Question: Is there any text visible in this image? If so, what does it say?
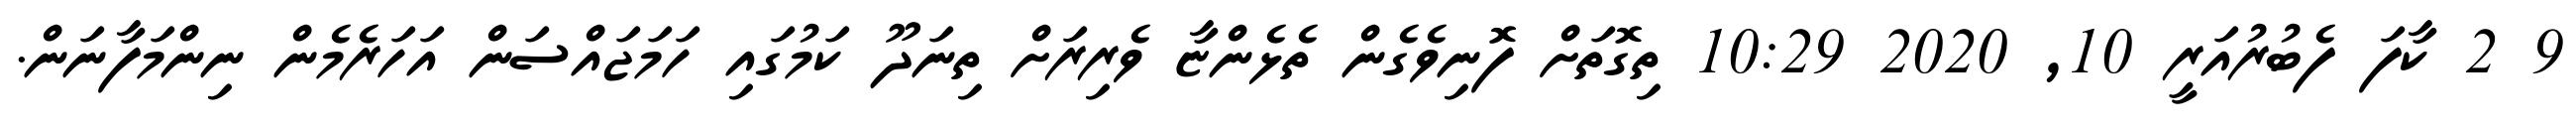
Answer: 9 2 ކާފަ ފެބުރުއަރީ 10, 2020 10:29 ތިގޮތަށް ފޮނިވެގެން ތެޅެންޏާ ވެރިރަށް ތިނަދޫ ކަމުގައި ހަމަޖައްސަން އަހަރެމެން ނިންމަފާނަން.